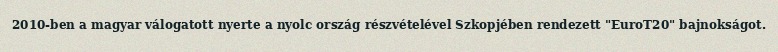
2010-ben a magyar válogatott nyerte a nyolc ország részvételével Szkopjében rendezett "EuroT20" bajnokságot.